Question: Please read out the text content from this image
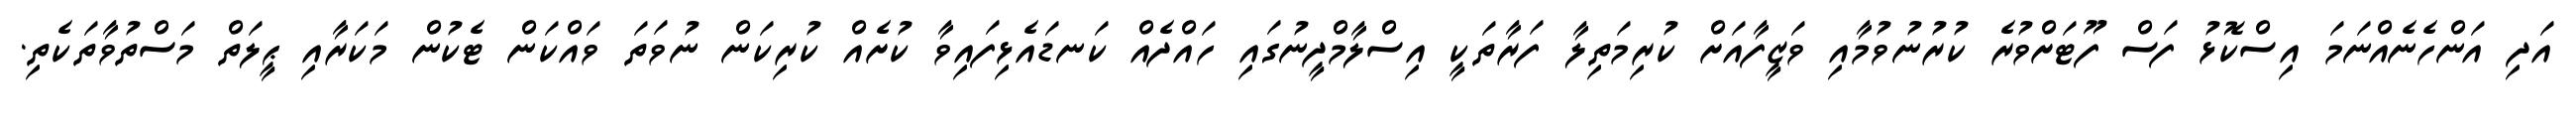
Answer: އަދި އަންހެނެއްނަމަ އިސްކޮޅު ފަސް ފޫޓަށްވުރެ ކުރުނުވުމާއި ވަޒީފާއަށް ކުރިމަތިލާ ފަރާތަކީ އިސްލާމްދީނުގައި ހައްދެއް ކަނޑައެޅިފައިވާ ކުށެއް ކުރިކަން ނުވަތަ ވައްކަން ޓެކުން މަކަރާއި ޙީލަތް މަސްތުވާތަކެތި.